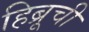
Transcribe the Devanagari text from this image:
हिब्रूची